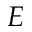
E